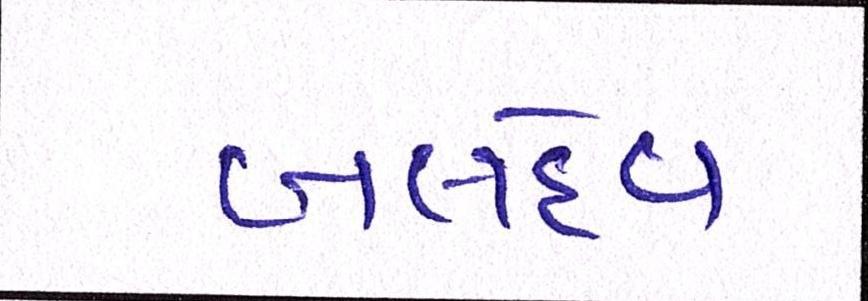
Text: બલદેવ